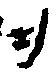
ヲ